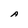
Character: A